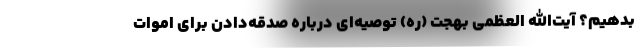
بدهیم؟ آیت‌الله العظمی بهجت (ره) توصیه‌ای درباره صدقه‌دادن برای اموات